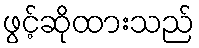
ဖွင့်ဆိုထားသည်